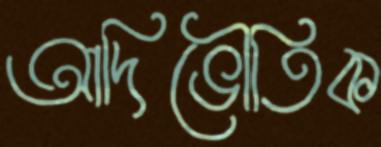
আদিভৌতিক